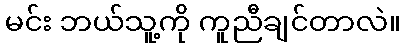
မင်း ဘယ်သူ့ကို ကူညီချင်တာလဲ။